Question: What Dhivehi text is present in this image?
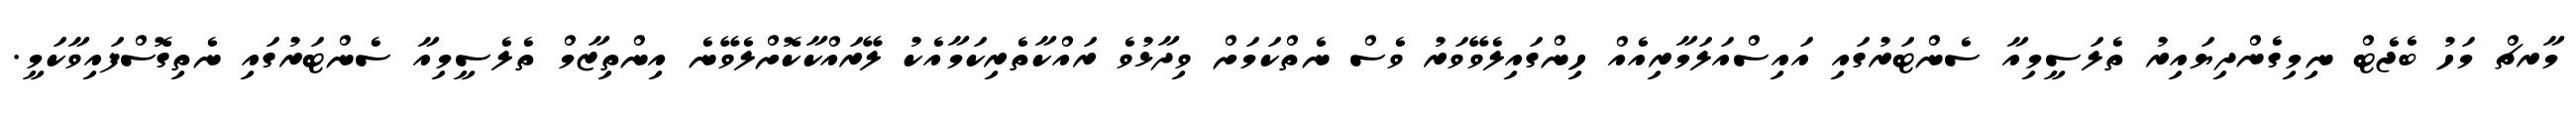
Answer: މާރޗް މަހު ބެޖެޓް ނިމިގެންދިޔައިރު ތެލަސީމިއާ ސެންޓަރުގައި އައިސްއަލަމާރިއެއް ހިންގައިލެވޭވަރު ވެސް ނެތްކަމަށް ވިދާޅުވެ ރައްކާތެރިކަމާއެކު ލޭރައްކާކޮށްލެވޭނެ އިންތިޒާމް ތެލެސީމިއާ ސެންޓަރުގައި ނެތިގޮސްފައިވާކަމީ.